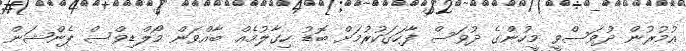
އުމުރުން ދުވަސްވީ މީހުންގެ ދުވަސް ފާހަގަކުރުމަށް ބޮޑު ހިގާލުމެއް ބާއްވަން މޯލްޑިވްސް ޕެންޝަން